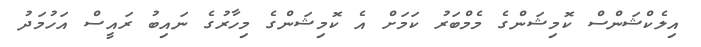
އިލެކްޝަންސް ކޮމިޝަންގެ މެމްބަރު ކަމަށް އެ ކޮމިޝަންގެ މިހާރުގެ ނައިބު ރައީސް އަހުމަދު